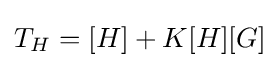
T_{H}=[H]+K[H][G]